Indian journal of veterinary science and animal husbandry - Volume 14,
Year: 1944
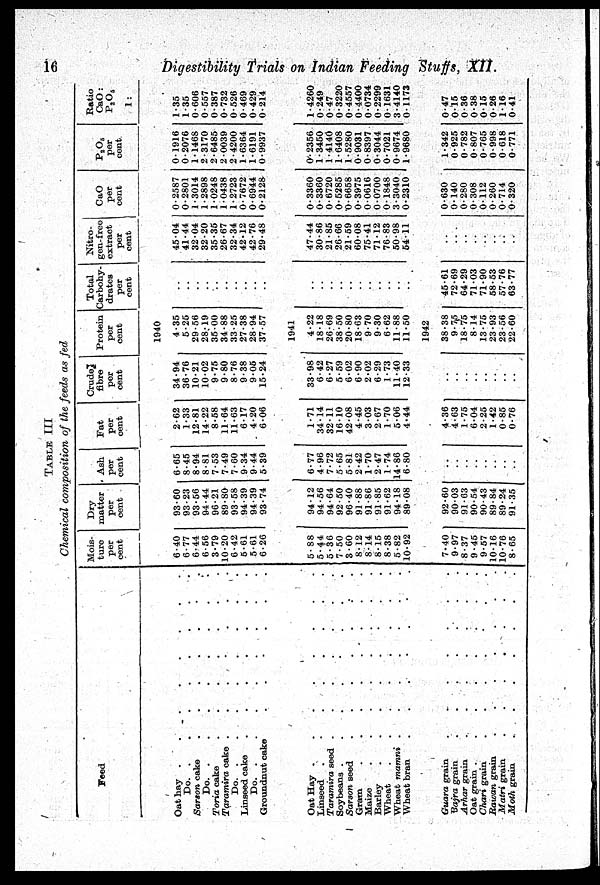
16
Digestibility Trials on Indian Feeding Stuffs, XII.
TABLE
III
Chemical composition of the feeds as fed
Feed
Oat hay .
.
.
.
.
.
.
.
Do. . . . . . . . .
Sarson cake . . . . . . . .
Do. . . . . . . . .
Toria cake . . . . . . . .
Taramira cake . . . . . . . .
Do. . . . . . . . .
Linseed cake . . . . . . . .
Do. . . . . . . . .
Groundnut cake . . . . . . . .
Oat Hay . . . . . . . .
Linseed . . . . . . . .
Taramira seed . . . . . . . .
Soybeans . . . . . . . .
Sarson seed . . . . . . . .
Gram . . . . . . . .
Maize . . . . . . . .
Barley . . . . . . . .
Wheat . . . . . . . .
Wheat mamni . . . . . . . .
Wheat bran . . . . . . . .
Guara grain . . . . . . . .
Bajra grain . . . . . . . .
Arhar grain . . . . . . . .
Oat grain . . . . . . . .
Chari grain . . . . . . . .
Rawan grain . . . . . . . .
Matri grain . . . . . . . .
Moth grain . . . . . . . .
Mois-
ture
per
cent
Dry
matter
per
cent
Ash
per
cent
Fat
per
cent
Crude
fibre
per
cent
Protein
per
cent
Total
Carbohy-
drates
per
cent
Nitro-
gen-free
extract
per
cent
CaO
per
cent
P 2 O 5
per
cent
Ratio
CaO:
P 2 O 6
1:
1940
6.40
6.77
6.44
6.56
3.79
10.20
6.42
5.61
5.61
6.26
93.60
93.23
93.56
94.44
96.21
89.80
93.58
94.39
94.39
93.74
6.65
8.45
8.94
8.81
7.53
7.49
7.60
9.34
9.44
5.39
2.62
1.33
12.81
14.22
8.58
11.64
11.63
6.17
4.20
6.06
34.94
36.76
10.21
10.02
9.75
9.80
8.76
9.38
9.05
15.24
4.35
5.25
29.56
28.19
35.00
34.88
33.25
27.38
28.94
37.57
..
..
..
..
..
..
..
..
..
..
45.04
41.44
32.04
32.20
35.35
26.67
32.34
42.12
42.76
29.48
0.2587
0.2801
1.3014
1.2898
1.0248
1.0438
1.2723
0.7672
0.6944
0.2128
0.1916
0.2076
1.1468
2.3170
2.6485
2.0039
2.4200
1.6364
1.6191
0.9937
1.35
1.35
0.606
0.557
0.387
0.732
0.526
0.469
0.429
0.214
1941
5.88
5.44
5.36
7.50
3.60
8.12
8.14
8.15
8.38
5.82
10.92
94.12
94.56
94.64
92.50
96.40
91.88
91.86
91.85
91.62
94.18
89.08
6.77
4.96
7.72
5.65
5.81
2.42
1.70
2.47
1.74
14.86
6.80
1.71
34.14
32.11
16.10
42.08
4.45
3.03
2.67
1.70
5.06
4.44
33.98
6.42
6.27
5.59
6.02
6.90
2.02
6.29
1.73
11.40
12.33
4.22
18.18
26.69
38.50
20.80
18.63
9.70
9.30
6.62
11.88
11.50
..
..
..
..
..
..
..
..
..
..
..
47.44
30.86
21.85
26.66
21.59
60.08
75.41
71.12
76.83
50.98
54.11
0.3360
0.3360
0.6720
0.5285
0.6658
0.3975
0.0616
0.0700
0.1848
3.3040
0.2310
0.2356
1.3450
1.4140
1.6408
1.5280
0.9031
0.8397
0.3044
0.7021
0.9674
1.9680
1.4260
0.249
0.47
0.3220
0.4557
0.4400
0.0734
0.2299
0.1631
3.4140
0.1173
1942
7.40
9.97
8.37
9.45
9.57
10.16
10.76
8.65
92.60
90.03
91.63
90.54
90.43
89.84
89.24
91.35
..
..
..
..
..
..
..
..
4.36
4.63
1.75
6.04
2.25
1.42
0.85
0.76
..
..
..
..
..
..
..
..
38.38
9.75
18.75
8.14
13.75
23.93
23.56
22.60
45.61
72.69
64.29
71.03
71.90
58.53
57.76
63.77
..
..
..
..
..
..
..
..
0.630
0.140
0.280
0.308
0.112
0.260
0.714
0.320
1.342
0.925
0.782
0.807
0.765
0.998
0.618
0.771
0.47
0.15
0.36
0.38
0.15
0.26
1.16
0.41